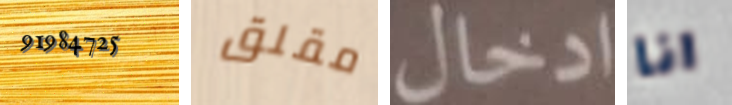
91984725 مقلق ادخال انا